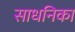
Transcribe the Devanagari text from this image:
साधनिका